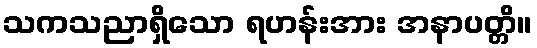
သကသညာရှိသော ရဟန်းအား အနာပတ္တိ။